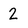
Character: 2